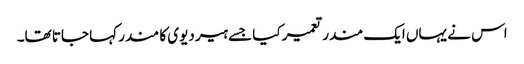
اس نے یہاں ایک مندر تعمیر کیا جسے ہیر دیوی کا مندر کہا جاتا تھا۔